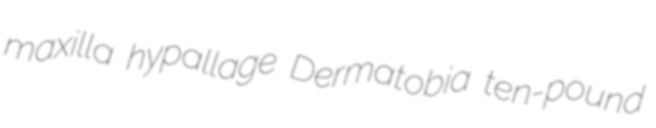
maxilla hypallage Dermatobia ten-pound